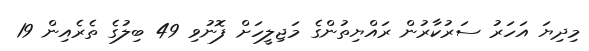
މިދިޔަ އަހަރު ސަރުކާރުން ރައްޔިތުންގެ މަޖިލީހަށް ފޮނުވި 49 ބިލުގެ ތެރެއިން 19